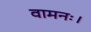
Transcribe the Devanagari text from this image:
वामनः।